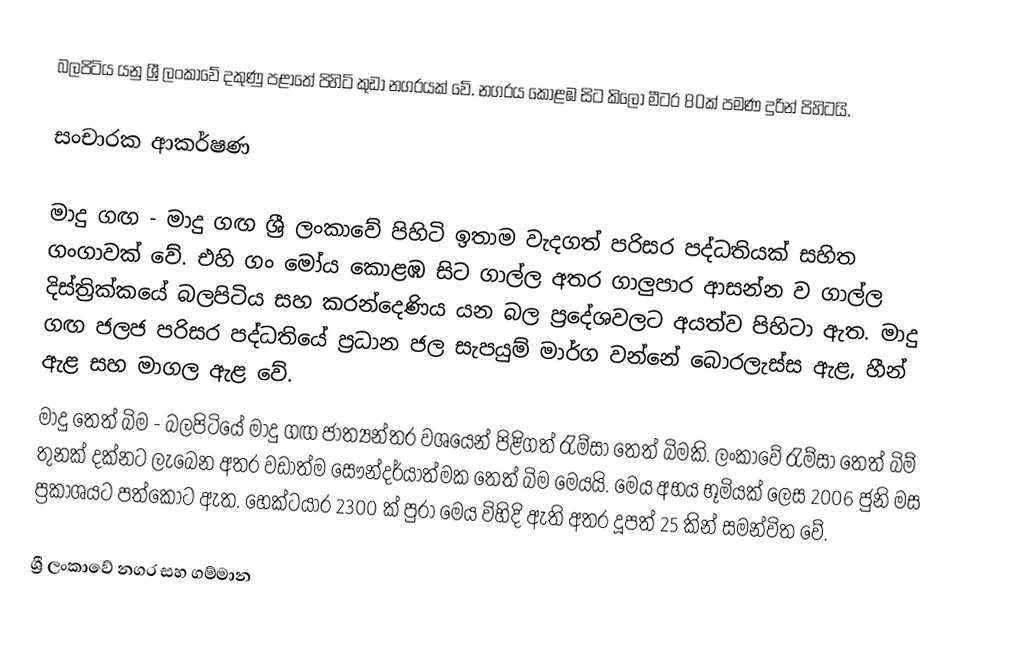
බලපිටිය යනු ශ්‍රී ලංකාවේ දකුණු පළාතේ පිහිටි කුඩා නගරයක් වේ. නගරය කොළඹ සිට කිලෝ මීටර 80ක් පමණ දුරින් පිහිටයි.

සංචාරක ආකර්ෂණ

මාදු ගඟ - මාදු ගඟ ශ්‍රී ලංකාවේ පිහිටි ඉතාම වැදගත් පරිසර පද්ධතියක් සහිත ගංගාවක් වේ. එහි ගං මෝය කොළඹ සිට ගාල්ල අතර ගාලුපාර ආසන්න ව ගාල්ල දිස්ත්‍රික්කයේ බලපිටිය සහ කරන්දෙණිය යන බල ප්‍රදේශවලට අයත්ව පිහිටා ඇත. මාදු ගඟ ජලජ පරිසර පද්ධතියේ ප්‍රධාන ජල සැපයුම් මාර්ග වන්නේ බොරලැස්ස ඇළ, හීන් ඇළ සහ මාගල ඇළ වේ.
මාදු තෙත් බිම - බලපිටියේ මාදු ගඟ ජාත්‍යන්තර වශයෙන් පිළිගත් රැම්සා තෙත් බිමකි. ලංකාවේ රැම්සා තෙත් බිම් තුනක් දක්නට ලැබෙන අතර වඩාත්ම සෞන්දර්යාත්මක තෙත් බිම මෙයයි. මෙය අභය භූමියක් ලෙස 2006 ජුනි මස ප්‍රකාශයට පත්කොට ඇත. හෙක්ටයාර 2300 ක් පුරා මෙය විහිදි ඇති අතර දූපත් 25 කින් සමන්විත වේ.

ශ්‍රී ලංකාවේ නගර සහ ගම්මාන